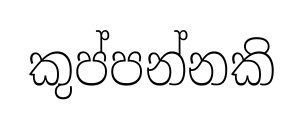
කුප්පන්නකි